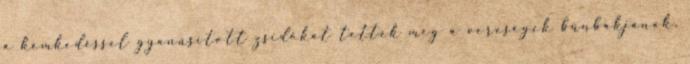
a kémkedéssel gyanúsított zsidókat tették meg a vereségek bűnbakjának,